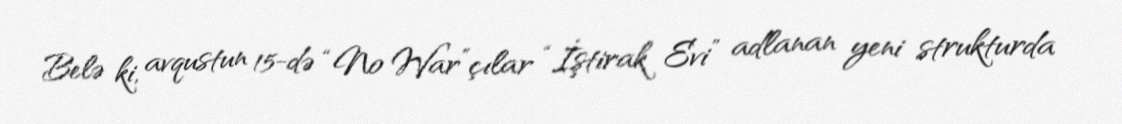
Belə ki, avqustun 15-də “No War”çılar “İştirak Evi” adlanan yeni strukturda